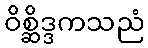
ဝိစ္ဆိဒ္ဒကသညံ